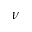
\nu